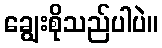
ချွေးစိုသည်ပါပဲ။